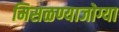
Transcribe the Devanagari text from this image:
मिसळण्याजोग्या